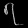
Digit: ၇